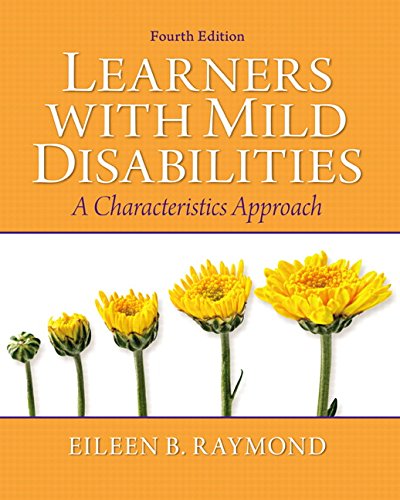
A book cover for Learners with Mild Disabilities: A Characteristics Approach (4th Edition); Eileen B. Raymond; Education & Teaching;